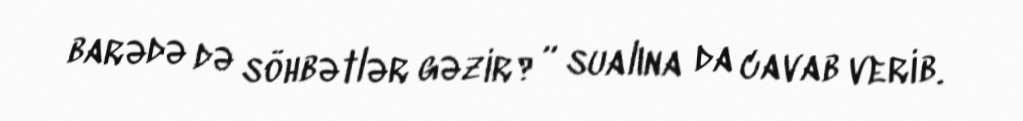
barədə də söhbətlər gəzir?” sualına da cavab verib.